Mental hospitals Bombay report 1929-33 - 1929-1933
Year: 1929
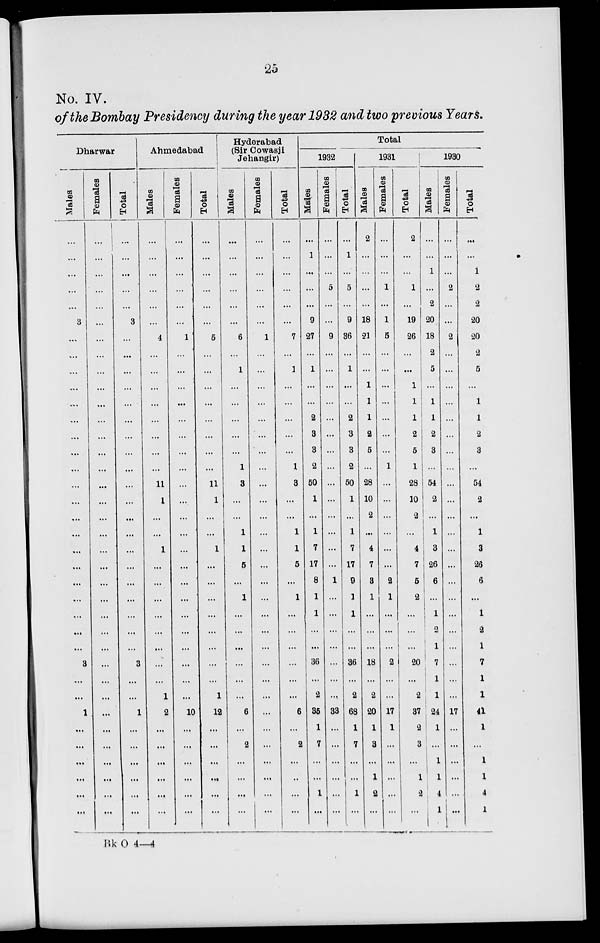
25
No. IV.
of the Bombay Presidency during the year 1932 and two previous Years.
Dharwar
Males
...
...
...
...
...
3
...
...
...
...
...
...
...
...
...
...
...
...
...
...
...
...
...
...
...
...
3
...
...
1
...
...
...
...
...
...
Females
...
...
...
...
...
...
...
...
...
...
...
...
...
...
...
...
...
...
...
...
...
...
...
...
...
...
...
...
...
...
...
...
...
...
...
...
Total
...
...
...
...
...
3
...
...
...
...
...
...
...
...
...
...
...
...
...
...
...
...
...
...
...
...
3
...
...
1
...
...
...
...
...
...
Ahmedabad
Males
...
...
...
...
...
...
4
...
...
...
...
...
...
...
...
11
1
...
...
1
...
...
...
...
...
...
...
...
1
2
...
...
...
...
...
...
Females
...
...
...
...
...
...
1
...
...
...
...
...
...
...
...
...
...
...
...
...
...
...
...
...
...
...
...
...
...
10
...
...
...
...
...
...
Total
...
...
...
...
...
...
5
...
...
...
...
...
...
...
...
11
1
...
...
1
...
...
...
...
...
...
...
...
1
12
...
...
...
...
...
...
Hyderabad
(Sir Cowasji
Jehangir)
Males
...
...
...
...
...
...
6
...
1
...
...
...
...
...
1
3
...
...
1
1
5
...
1
...
...
...
...
...
...
6
...
2
...
...
...
...
Females
...
...
...
...
...
...
1
...
...
...
...
...
...
...
...
...
...
...
...
...
...
...
...
...
...
...
...
...
...
...
...
...
...
...
...
...
Total
...
...
...
...
...
...
7
...
1
...
...
...
...
...
1
3
...
...
1
1
5
...
1
...
...
...
...
...
...
6
...
2
...
...
...
...
Total
1932
Males
...
1
...
...
...
9
27
...
1
...
...
2
3
3
2
50
1
...
1
7
17
8
1
1
...
...
36
...
2
35
1
7
...
...
1
...
Females
...
...
...
5
...
...
9
...
...
...
...
...
...
...
...
...
...
...
...
...
...
1
...
...
...
...
...
...
...
33
...
...
...
...
...
...
Total
...
1
...
5
...
9
36
...
1
...
...
2
3
3
2
50
1
...
1
7
17
9
1
1
...
...
36
...
2
68
1
7
...
...
1
...
1931
Males
2
...
...
...
...
18
21
...
...
1
1
1
2
5
...
28
10
2
...
4
7
3
1
...
...
...
18
...
2
20
1
3
...
1
2
...
Females
...
...
...
1
...
1
5
...
...
...
...
...
...
...
1
...
...
...
...
...
...
2
1
...
...
...
2
...
...
17
1
...
...
...
...
...
Total
2
...
...
1
...
19
26
...
...
1
1
1
2
5
1
28
10
2
...
4
7
5
2
...
...
...
20
...
2
37
2
3
...
1
2
...
1930
Males
...
...
1
...
2
20
18
2
5
...
1
1
2
3
...
54
2
...
1
3
26
6
...
1
2
1
7
1
1
24
1
...
1
1
4
1
Females
...
...
...
2
...
...
2
...
...
...
...
...
...
...
...
...
...
...
...
...
...
...
...
...
...
...
...
...
...
17
...
...
...
...
...
...
Total
...
...
1
2
2
20
20
2
5
...
1
1
2
3
...
54
2
...
1
3
26
6
...
1
2
1
7
1
1
41
1
...
1
1
4
1
Bk O 4—4